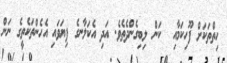
ހިތްތަކަށް ފޫހިކަމާއި  ކަން ލިބިގެންދެތެވެ. އަދި އެކަލާނގެ ފިޔަވައި އެހެންތަކެތީގެ ނަން